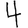
Digit: 4